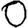
Digit: 0